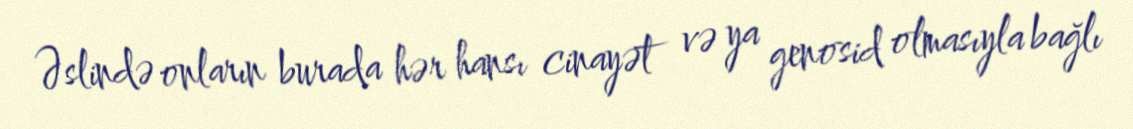
Əslində onların burada hər hansı cinayət və ya genosid olmasıyla bağlı